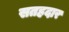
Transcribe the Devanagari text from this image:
सतहदार